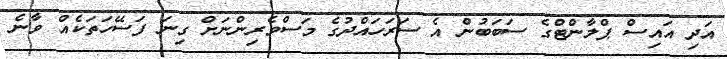
އަދި އައިސް ޕްލާންޓްގެ ސަބަބުން އެ ސަރަހައްދުގެ މަސްވެރިންނަށް ގިނަ ފަސޭހަތަކެއް ވާނެ